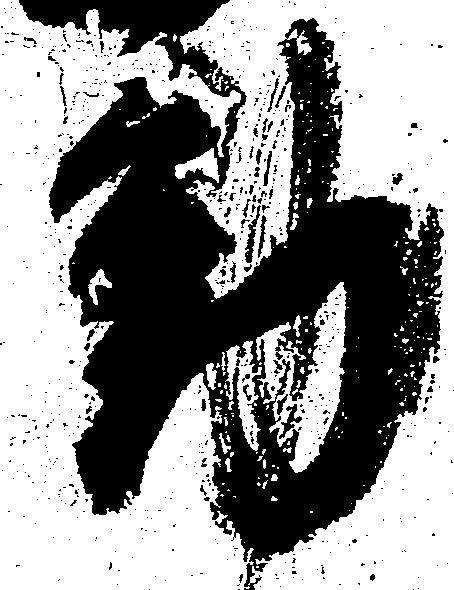
動